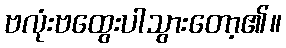
ဗလုံးဗထွေးပါသွားတော့၏။